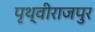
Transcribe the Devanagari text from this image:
पृथ्वीराजपुर